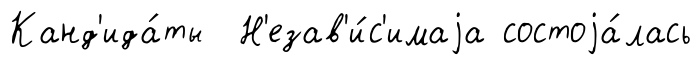
Канд'ида́ты Н'езав'и́с'имаjа состоjа́лась